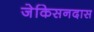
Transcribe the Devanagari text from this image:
जेकिसनदास